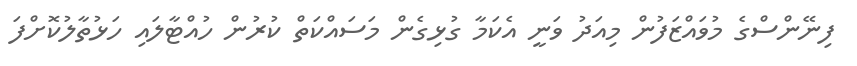
ފިނޭންސްގެ މުވައްޒަފުން މިއަދު ވަނީ އެކަމާ ގުޅިގެން މަސައްކަތް ކުރުން ހުއްޓާލައި ހަޅުތާލުކޮށްފަ